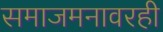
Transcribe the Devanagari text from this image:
समाजमनावरही